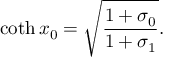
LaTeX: \coth x _ { 0 } = \sqrt { \frac { 1 + \sigma _ { 0 } } { 1 + \sigma _ { 1 } } } .